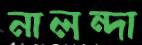
নালন্দা